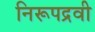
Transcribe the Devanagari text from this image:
निरूपद्रवी